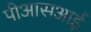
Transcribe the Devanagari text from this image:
पीआसआई